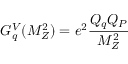
G _ { q } ^ { V } ( M _ { Z } ^ { 2 } ) = e ^ { 2 } \frac { Q _ { q } Q _ { \cal P } } { M _ { Z } ^ { 2 } }